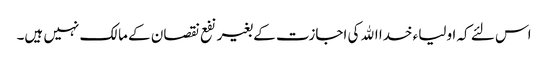
اس لئے کہ اولیاء خدا الله کی اجازت کے بغیر نفع نقصان کے مالک نہیں ہیں۔